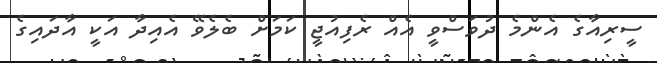
ސީރިއާގެ އެންމެ ދުވަސްވީ އެއް ރެފިއުޖީ ކަމަށް ބެލެވޭ އެއިދާ އަކީ އާދައިގެ